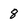
Character: 8